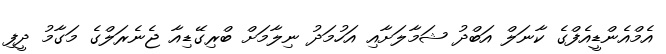
އެމްއެންޑީއެފްގެ ކާނަލް އަބްދު ޝަމާލަށާއި އަހުމަދު ނިލާމަށް ބްރިގޭޑިއާ ޖެނެރަލްގެ މަގާމު ދީފި